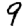
Digit: 9